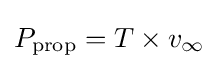
P_{\mathrm {prop} }=T\times v_{\infty }